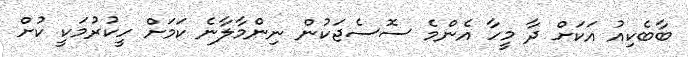
ބާބެކިއު އަކަށް ދާ މީހާ އެންމެ ސޮސެޖަކުން ނިންމާލާނެ ކަމަށް ހީކުރުމަކީ ކުށް